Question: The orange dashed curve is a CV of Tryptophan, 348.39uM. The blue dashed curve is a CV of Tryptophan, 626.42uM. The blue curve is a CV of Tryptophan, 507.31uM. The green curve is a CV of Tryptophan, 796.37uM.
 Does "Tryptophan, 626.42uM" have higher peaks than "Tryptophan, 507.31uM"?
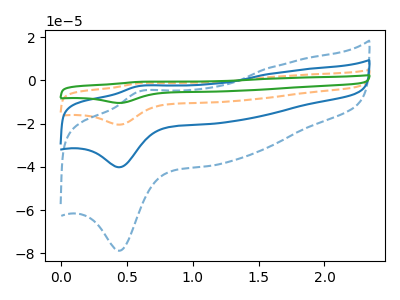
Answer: <think>The orange dashed curve "Tryptophan, 348.39uM" has an anodic peak at (0.60V, -5.35uA) and a cathodic peak at (0.45V, -80.35uA). The blue dashed curve "Tryptophan, 626.42uM" has an anodic peak at (0.60V, -5.25uA) and a cathodic peak at (0.45V, -78.80uA). The blue curve "Tryptophan, 507.31uM" has an anodic peak at (0.60V, -2.70uA) and a cathodic peak at (0.45V, -40.20uA). The green curve "Tryptophan, 796.37uM" has an anodic peak at (0.60V, -8.05uA) and a cathodic peak at (0.45V, -120.55uA).</think>
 <answer>The peaks in "Tryptophan, 626.42uM" are neither all higher or all lower than the peaks in "Tryptophan, 507.31uM".</answer>
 <eval>mixed</eval>